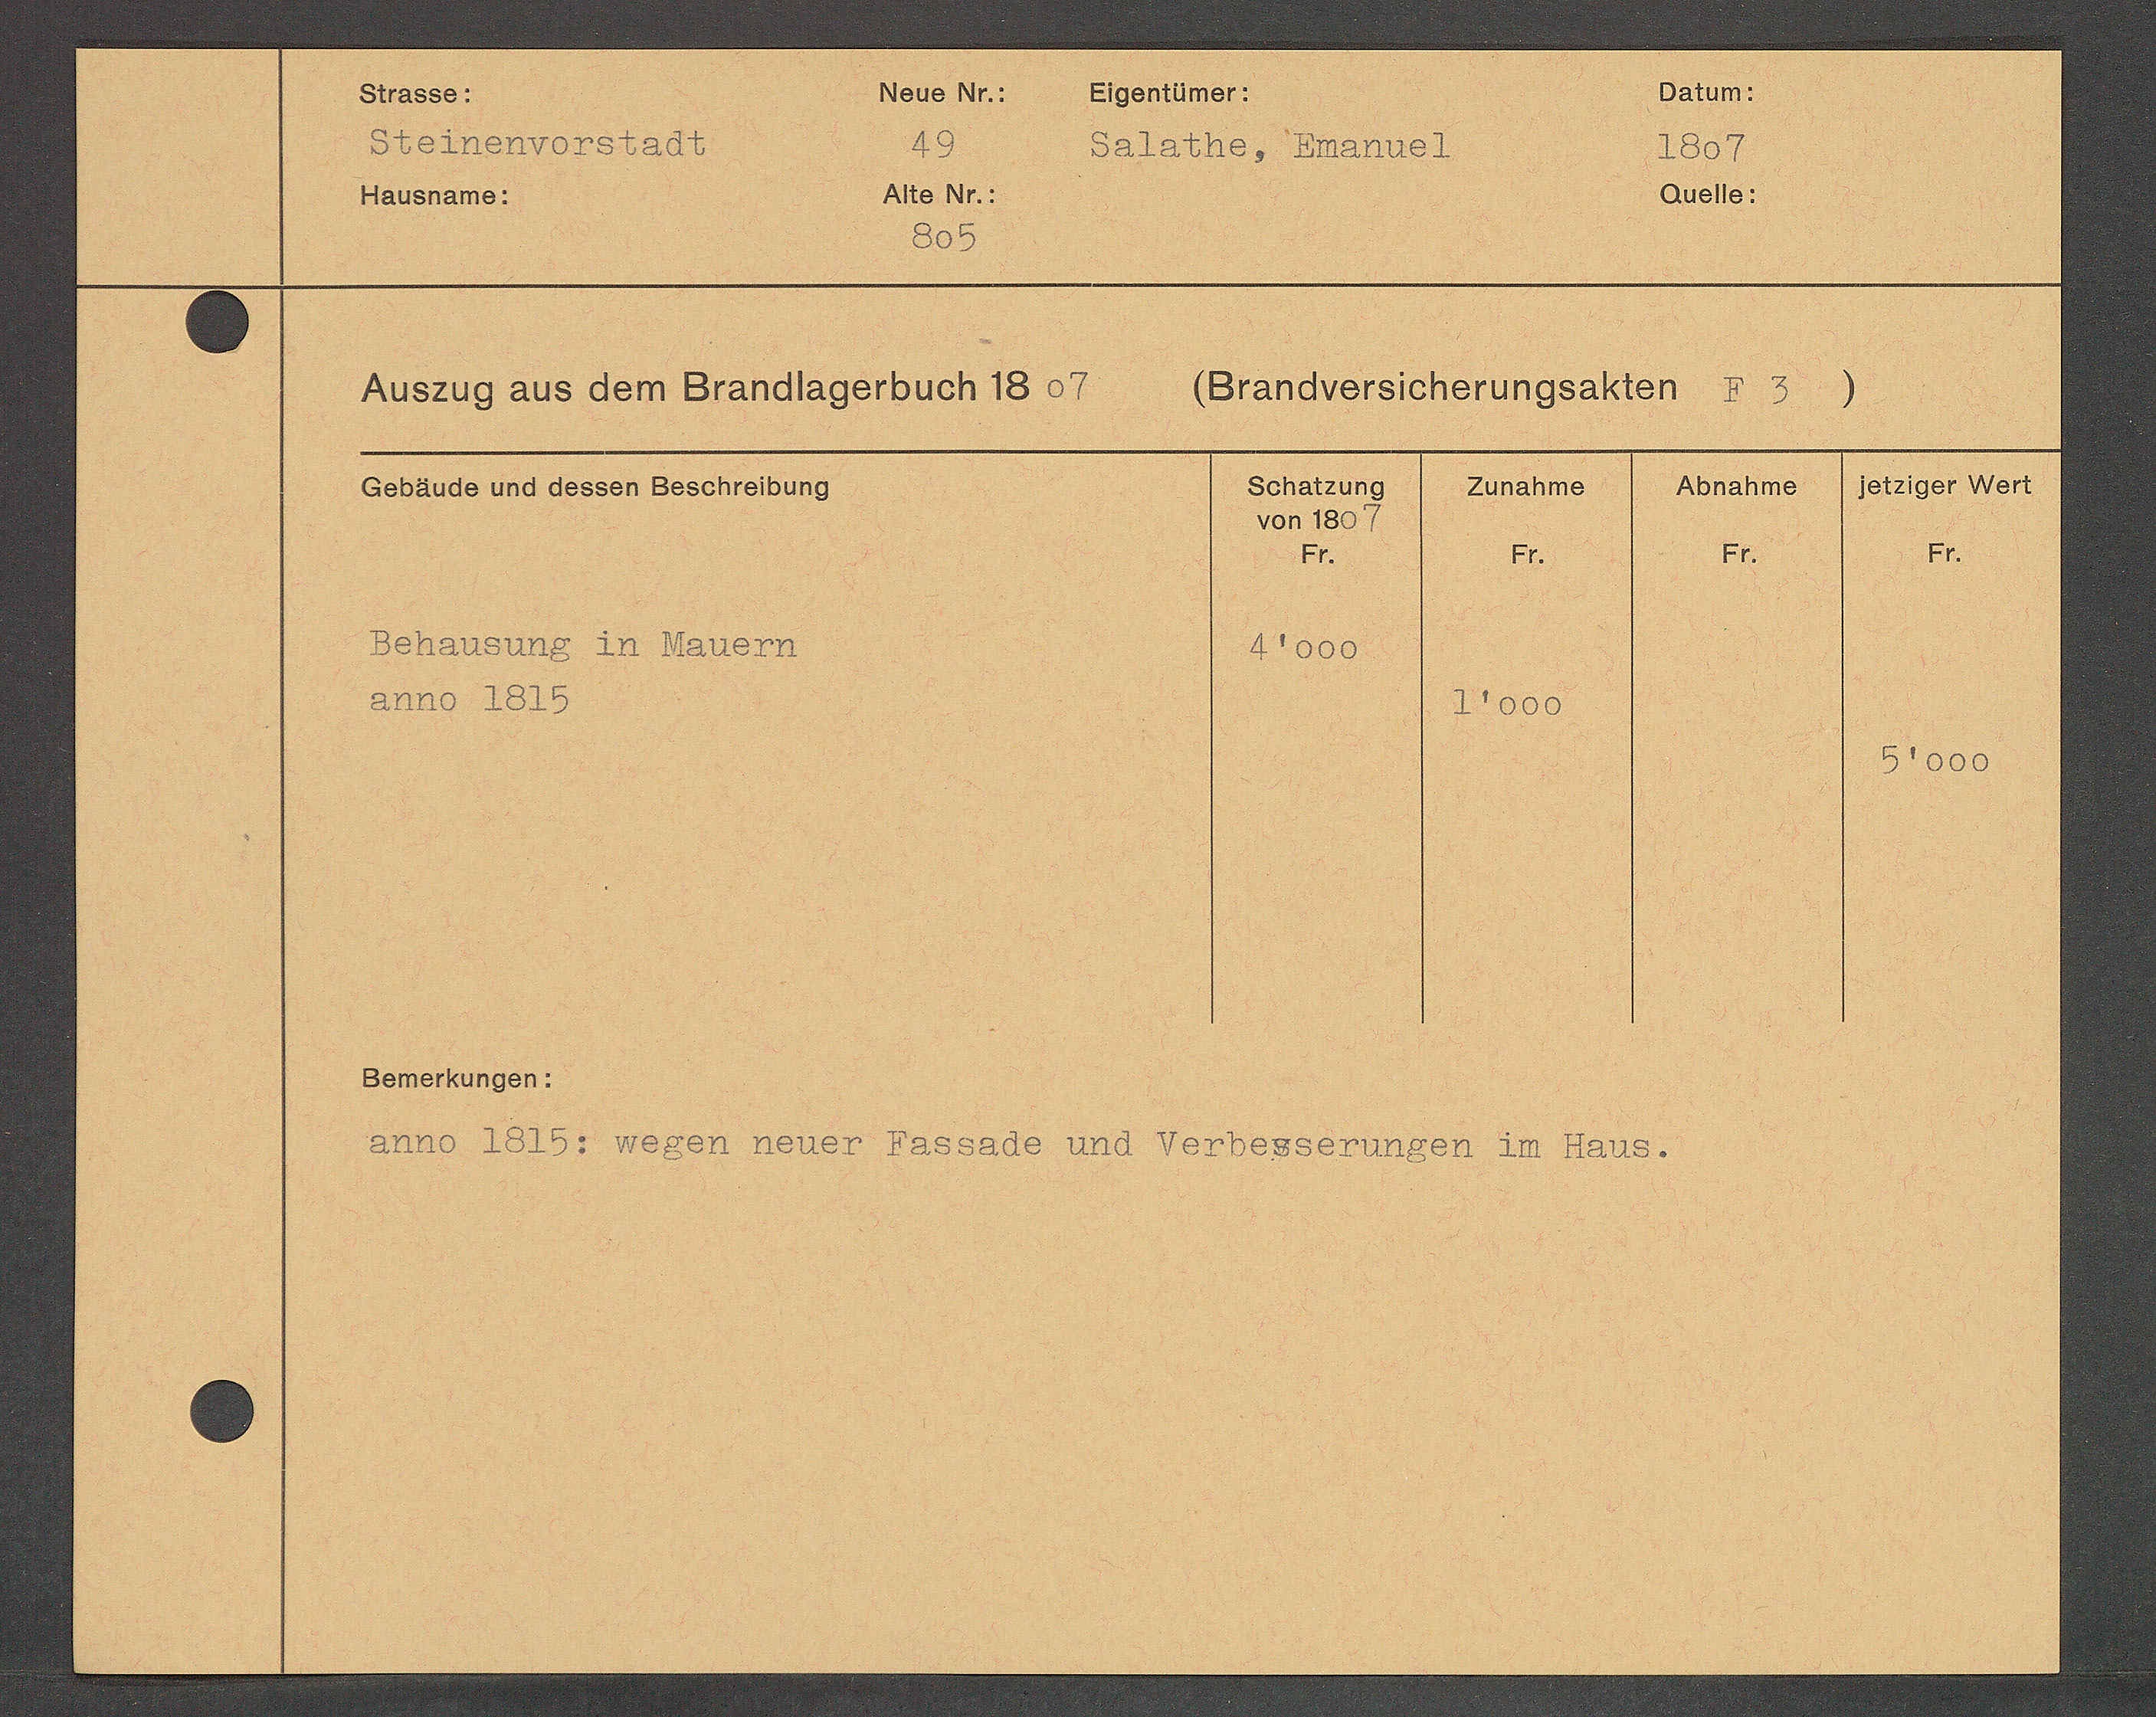
Transcript:
Bemerkungen:

anno 1819: wegen neuer Passade und Verbesserungen im Haus.